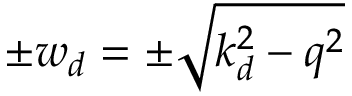
\pm w _ { d } = \pm \sqrt { k _ { d } ^ { 2 } - q ^ { 2 } }